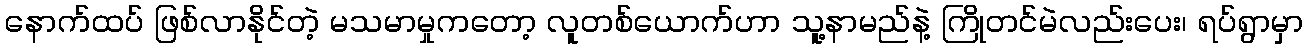
နောက်ထပ် ဖြစ်လာနိုင်တဲ့ မသမာမှုကတော့ လူတစ်ယောက်ဟာ သူ့နာမည်နဲ့ ကြိုတင်မဲလည်းပေး၊ ရပ်ရွာမှာ